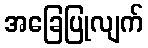
အခြေပြုလျက်